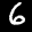
Label: 6